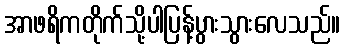
အာဖရိကတိုက်သို့ပါပြန့်ပွားသွားလေသည်။